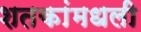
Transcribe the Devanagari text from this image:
शतकांमधली